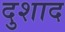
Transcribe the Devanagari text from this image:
दुशाद